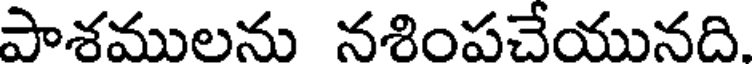
పాశములను నశింపచేయునది